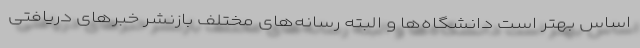
اساس بهتر است دانشگاه‌ها و البته رسانه‌های مختلف بازنشر خبرهای دریافتی